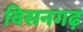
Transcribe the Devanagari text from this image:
विसनगढ़